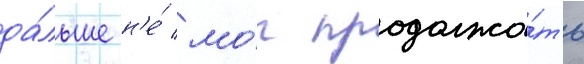
да́льше н'е́ мо́г продолжа́ть